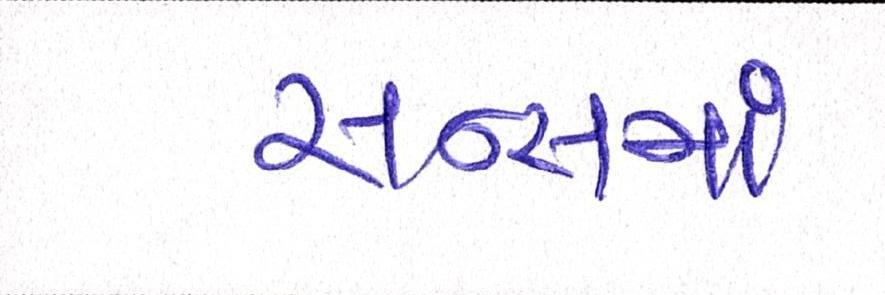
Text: સન્સમાં